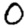
Digit: 0